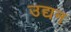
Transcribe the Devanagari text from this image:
उद्यन